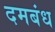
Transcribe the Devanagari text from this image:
दमबंध